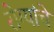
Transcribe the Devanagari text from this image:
रोग्यांचे